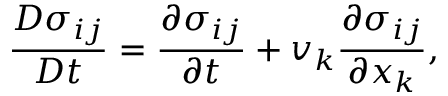
\frac { { D } \sigma _ { i j } } { { D } t } = \frac { \partial \sigma _ { i j } } { \partial t } + v _ { k } \frac { \partial \sigma _ { i j } } { \partial x _ { k } } ,